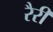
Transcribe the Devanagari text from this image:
रैरी